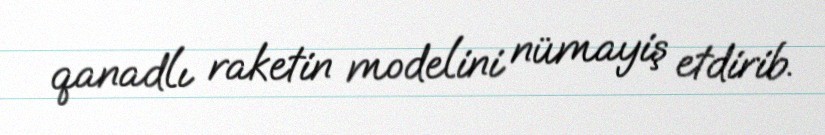
qanadlı raketin modelini nümayiş etdirib.